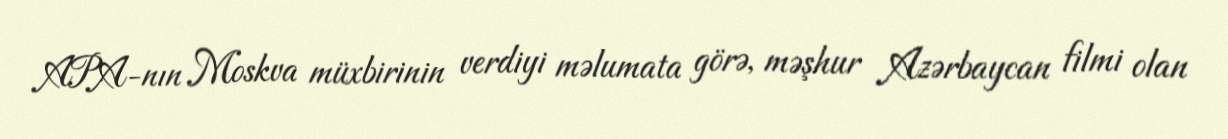
APA-nın Moskva müxbirinin verdiyi məlumata görə, məşhur Azərbaycan filmi olan